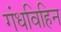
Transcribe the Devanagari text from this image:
गंधविहिन